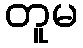
တူမ